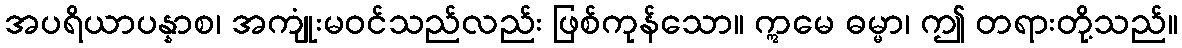
အပရိယာပန္နာစ၊ အကျုံးမဝင်သည်လည်း ဖြစ်ကုန်သော။ ဣမေ ဓမ္မာ၊ ဤ တရားတို့သည်။